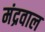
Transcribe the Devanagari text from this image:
मंद्रवाल